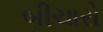
બીચારો